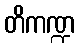
တိကဏ္ဍ